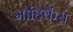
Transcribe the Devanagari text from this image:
मोहिकैंस